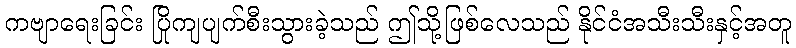
ကဗျာရေးခြင်း ပြိုကျပျက်စီးသွားခဲ့သည် ဤသို့ဖြစ်လေသည် နိုင်ငံအသီးသီးနှင့်အတူ